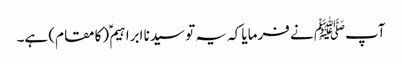
آپﷺ نے فرمایا کہ یہ تو سیدنا ابراہیمؑ (کا مقام) ہے۔